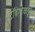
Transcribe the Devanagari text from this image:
टॉबेगोकडून